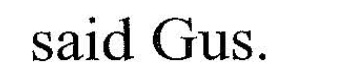
said Cus.